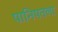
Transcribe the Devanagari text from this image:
पानिपतला